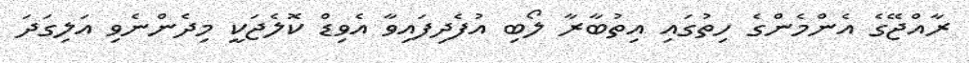
ރާއްޖޭގެ އެންމެންގެ ހިތުގައި އިތުބާރާ ލޯބި އުފެދިފައިވާ އެވިޑް ކޮލެޖަކީ މިދެންނެވި އަލިގަދަ